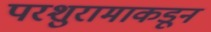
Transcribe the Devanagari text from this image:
परशुरामाकडून